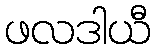
ဖလဒါယီ